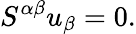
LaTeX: S^{\alpha\beta}u_{\beta}=0.